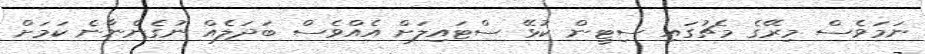
ނަމަވެސް މިރޭގެ މެޗުގައި ސިޓީން ކުޅޭ ސްޓައިލަށް އެއްވެސް ބަދަލެއް ނުގެންނާނެ ކަމަށް